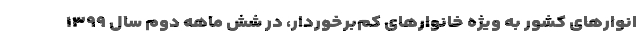
انوارهای کشور به ویژه خانوارهای کم‌برخوردار، در شش ماهه دوم سال ۱۳۹۹